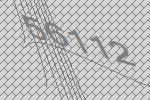
56112